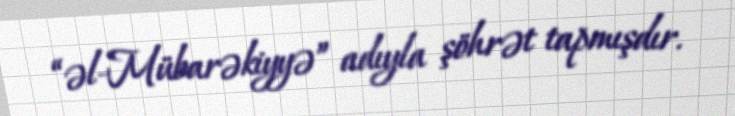
“əl-Mübarəkiyyə” adıyla şöhrət tapmışdır.